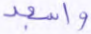
واسجد